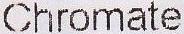
CHROMATE